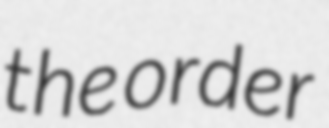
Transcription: the order